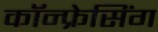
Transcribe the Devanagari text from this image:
कॉन्फ्रेसिंग